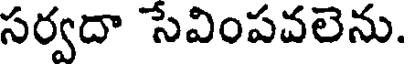
సర్వదా సేవింపవలెను.